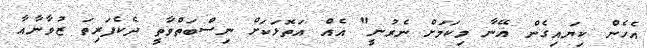
އެހެން ކިޔައިގެން އޭނާ މިކަމަށް ނެރުނީ" އެއް އަތޮޅަކަށް ނިސްބަތްވާތީ ދެކެފަރިތަ ޒުވާނާއާ